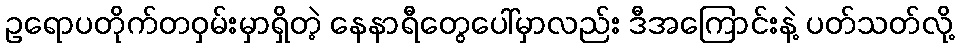
ဥရောပတိုက်တဝှမ်းမှာရှိတဲ့ နေနာရီတွေပေါ်မှာလည်း ဒီအကြောင်းနဲ့ ပတ်သတ်လို့